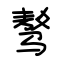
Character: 骜